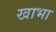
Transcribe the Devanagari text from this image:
खाभा